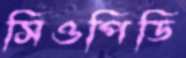
সিওপিডি